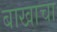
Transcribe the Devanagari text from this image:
बाखाचा